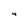
Character: 4